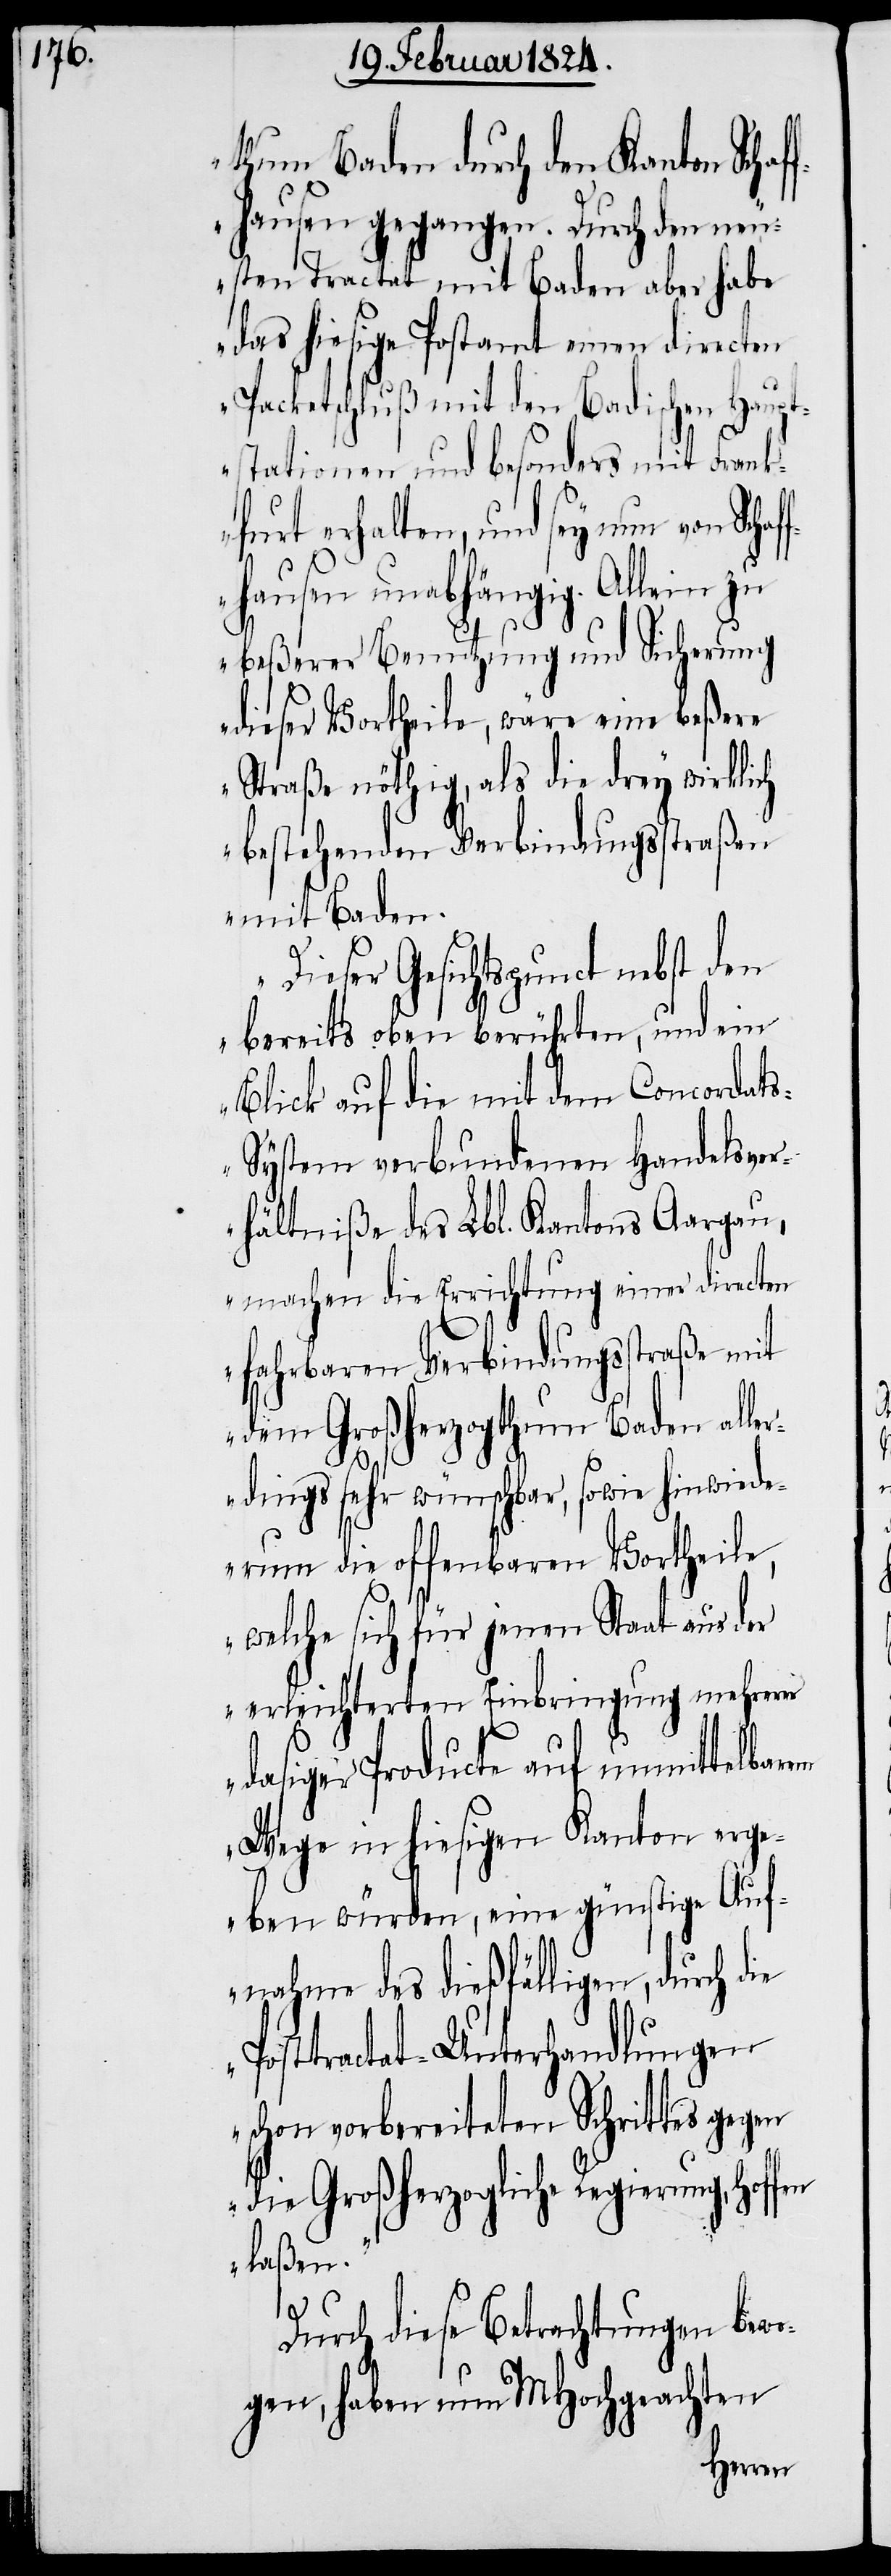
thum Baden durch den Kanton Schaf¬
fhausen gegangen. Durch den neu¬
sten Tractat mit Baden aber habe
das hiesige Postamt einen directen
Packetschluß mit den Badischen Haupt¬
stationen und besonders mit Frank¬
furt erhalten, und sey nun von Scha¬
fhausen unabhängig. Allein zu
beßerer Benutzung und Sicherung
dieser Vortheile, wäre eine beßere
Straße nöthig, als die drey wirklich
bestehenden Verbindungsstraßen
mit Baden.
Dieser Gesichtspunct nebst den
bereits oben berührten, und ein
Blick auf die mit dem Concordat¬
s-System verbundenen Handelsve¬
rhältniße des Lbl. Kantons Aargau,
machen die Errichtung einer directen
fahrbaren Verbindungsstraße mit
dem Großherzogthum Baden alle¬
rdings sehr wünschbar, sowie hinwiede¬
rum die offenbaren Vortheile,
welche sich für jenen Staat aus der
erleichterten Einbringung mehrerer
dasiger Producte auf unmittelbarem
Wege in hiesigen Kanton erg¬
eben würden, eine günstige Auf¬
nahme des dießfälligen, durch die
Posttractat-Unterhandlungen
schon vorbereiteten Schrittes gegen
die Großherzogliche Regierung, hof¬
laßen.“
fen
Durch diese Betrachtungen bewo¬
gen, haben MHochgeachten